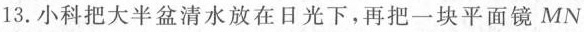
13.小科把大半盆清水放在日光下，再把一块平面镜MN